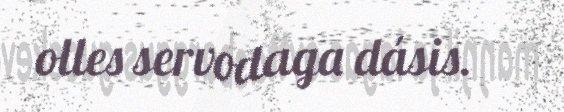
olles servodaga dásis.